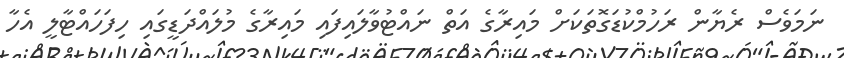
ނަމަވެސް ރެޔާން ރަހުމްކުޑަގޮތަކަށް މައިރާގެ އަތް ނައްޓުވާލައިފައި މައިރާގެ މުލައްދަޑީގައި ހިފަހައްޓާލީ އެހާ